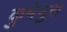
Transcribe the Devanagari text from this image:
कुमेमुरा